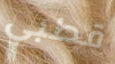
قطبي